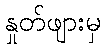
နှုတ်ဖျားမှ